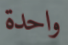
واحدة